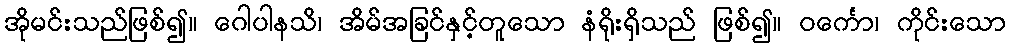
အိုမင်းသည်ဖြစ်၍။ ဂေါပါနသိ၊ အိမ်အခြင်နှင့်တူသော နံရိုးရှိသည် ဖြစ်၍။ ဝင်္ကော၊ ကိုင်းသော